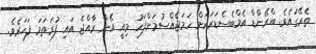
ތެރޭގައެވެ. ބްރޭންޑް އެމްބެސެޑަރަކަށް ހަމަޖެއްސުމަށްފަހު މިއީ އޭނާ ރާއްޖެ އައި ފުރަތަމަ ފަހަރެވެ.